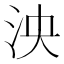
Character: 泱